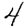
Digit: 4